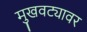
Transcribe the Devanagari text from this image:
मुखवट्यावर